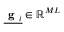
\underline { { \textbf { g } _ { i } } } \in \mathbb { R } ^ { M L }